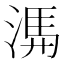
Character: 𭱃